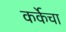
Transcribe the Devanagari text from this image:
कर्केचा